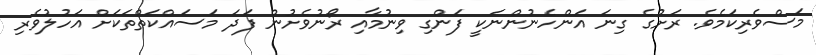
މަސްވެރިކަމެވެ. ރަށުގެ ގިނަ އަންހެނުންނަކީ ފަންގި ވިނުމާއި ރޯނުވެށުން ފަދަ މަސައްކަތްތަކަށް އަހުލުވެރި